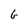
Character: 6